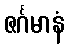
ဇင်္ဂမာနံ